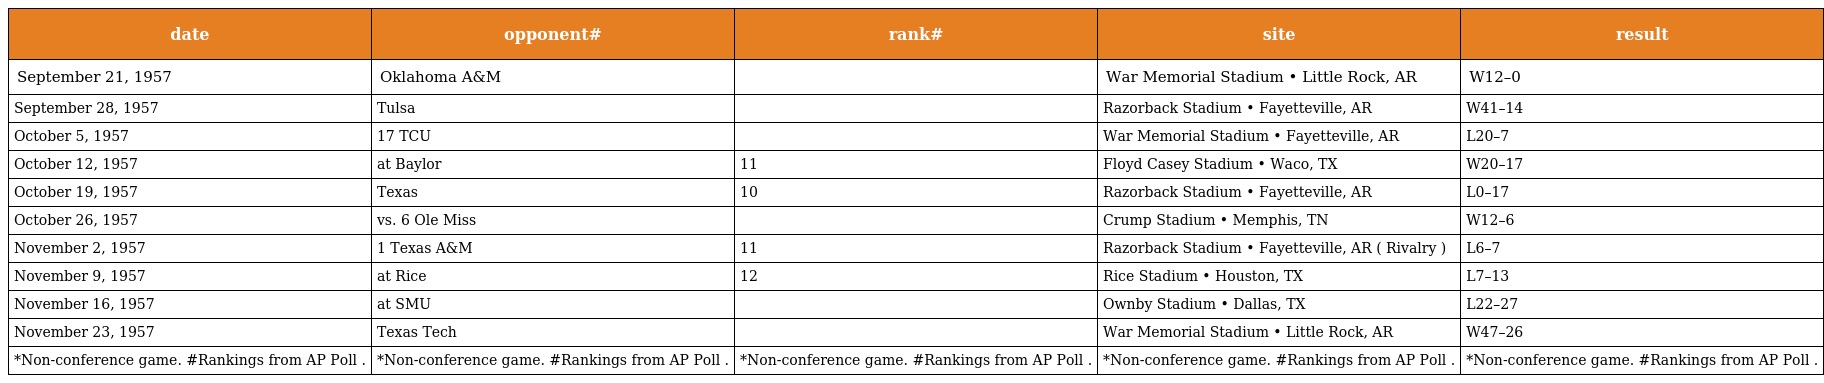
| date | opponent# | rank# | site | result |
 | --- | --- | --- | --- | --- |
 | September 21, 1957 | Oklahoma A&M |  | War Memorial Stadium • Little Rock, AR | W12–0 |
 | September 28, 1957 | Tulsa |  | Razorback Stadium • Fayetteville, AR | W41–14 |
 | October 5, 1957 | 17 TCU |  | War Memorial Stadium • Fayetteville, AR | L20–7 |
 | October 12, 1957 | at Baylor | 11 | Floyd Casey Stadium • Waco, TX | W20–17 |
 | October 19, 1957 | Texas | 10 | Razorback Stadium • Fayetteville, AR | L0–17 |
 | October 26, 1957 | vs. 6 Ole Miss |  | Crump Stadium • Memphis, TN | W12–6 |
 | November 2, 1957 | 1 Texas A&M | 11 | Razorback Stadium • Fayetteville, AR ( Rivalry ) | L6–7 |
 | November 9, 1957 | at Rice | 12 | Rice Stadium • Houston, TX | L7–13 |
 | November 16, 1957 | at SMU |  | Ownby Stadium • Dallas, TX | L22–27 |
 | November 23, 1957 | Texas Tech |  | War Memorial Stadium • Little Rock, AR | W47–26 |
 | *Non-conference game. #Rankings from AP Poll . | *Non-conference game. #Rankings from AP Poll . | *Non-conference game. #Rankings from AP Poll . | *Non-conference game. #Rankings from AP Poll . | *Non-conference game. #Rankings from AP Poll . |